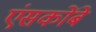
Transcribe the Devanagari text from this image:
एंसकोंबे